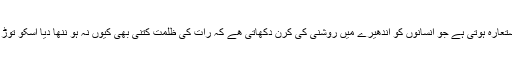
غرض کے دھارے میں بندھے انسانوں کے لئے نئی نسل امید کا استعارہ ہوتی ہے جو انسانوں کو اندھیرے میں روشنی کی کرن دکھاتی ھے کہ رات کی ظلمت کتنی بھی کیوں نہ ہو ننھا دیا اسکو توڑ دیتا ہے یہ ہی امید ہے محبت ہے جو اعتبار پر مجبور کرتی ہے ۔